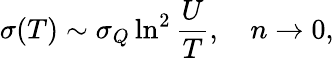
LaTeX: \sigma(T)\sim\sigma_{Q}\ln^{2}\frac{U}{T},\quad n\to 0,